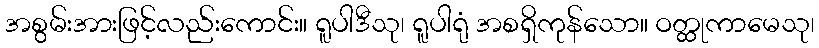
အစွမ်းအားဖြင့်လည်းကောင်း။ ရူပါဒီသု၊ ရူပါရုံ အစရှိကုန်သော။ ဝတ္ထုကာမေသု၊